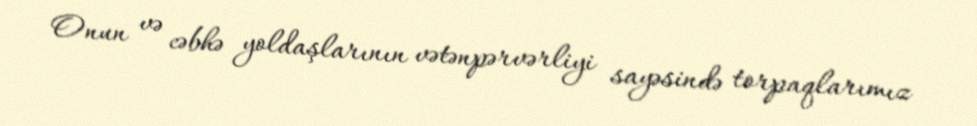
Onun və cəbhə yoldaşlarının vətənpərvərliyi sayəsində torpaqlarımız